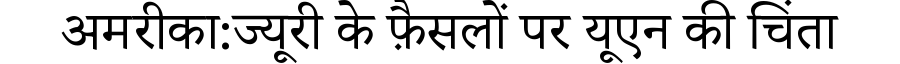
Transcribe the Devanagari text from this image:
अमरीका:ज्यूरी के फ़ैसलों पर यूएन की चिंता